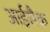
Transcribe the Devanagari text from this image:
आईसैक